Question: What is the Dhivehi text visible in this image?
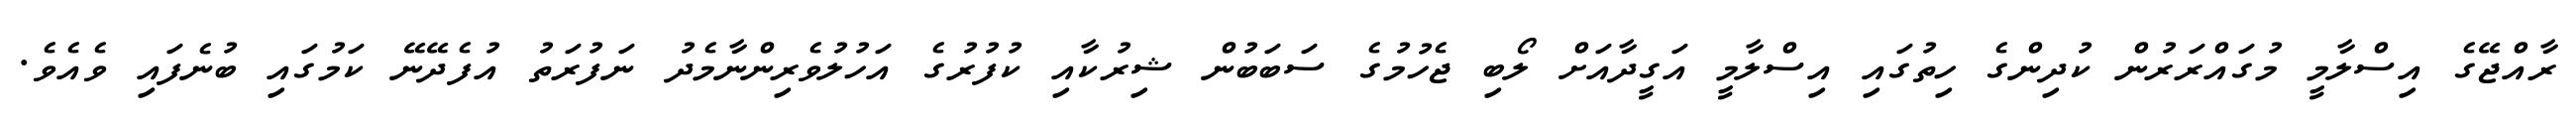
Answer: ރާއްޖޭގެ އިސްލާމީ މުގައްރަރުން ކުދިންގެ ހިތުގައި އިސްލާމީ އަގީދާއަށް ލޯބި ޖެހުމުގެ ސަބަބުން ޝިރުކާއި ކުފުރުގެ އަހުލުވެރިންނާމެދު ނަފުރަތު އުފެދޭނޭ ކަމުގައި ބުނެފައި ވެއެވެ.